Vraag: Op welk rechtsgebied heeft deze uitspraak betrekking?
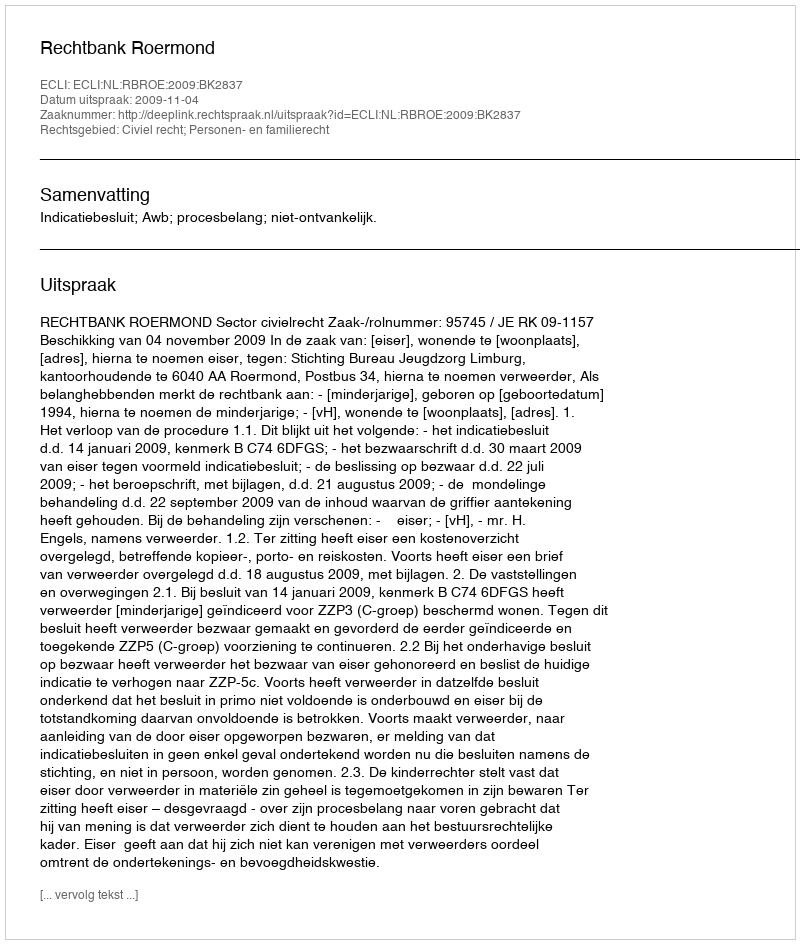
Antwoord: Civiel recht; Personen- en familierecht